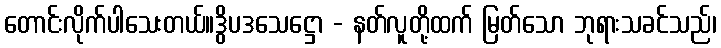
တောင်းလိုက်ပါသေးတယ်။ဒွိပဒသေဋ္ဌော - နတ်လူတို့ထက် မြတ်သော ဘုရားသခင်သည်၊